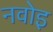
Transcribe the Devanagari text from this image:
नवोइ